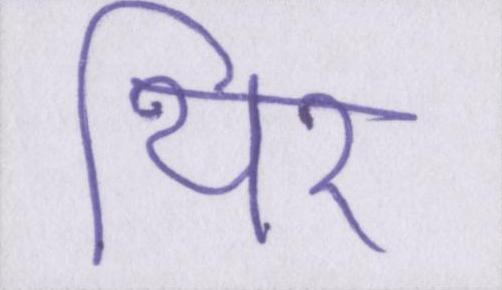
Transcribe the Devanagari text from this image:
थिर